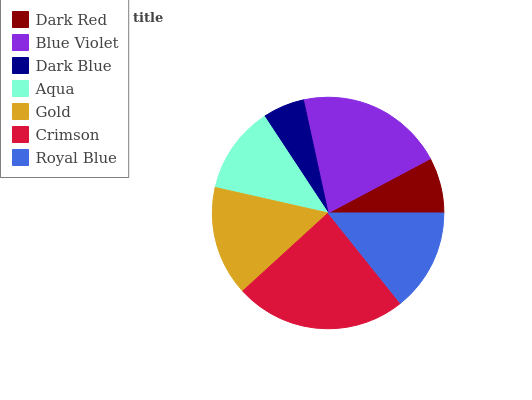
| Dark Red | Blue Violet | Dark Blue | Aqua | Gold | Crimson | Royal Blue |
 | --- | --- | --- | --- | --- | --- | --- |
 | 7.76% | 20.7% | 5.85% | 12.2% | 15.3% | 24% | 14.2% |